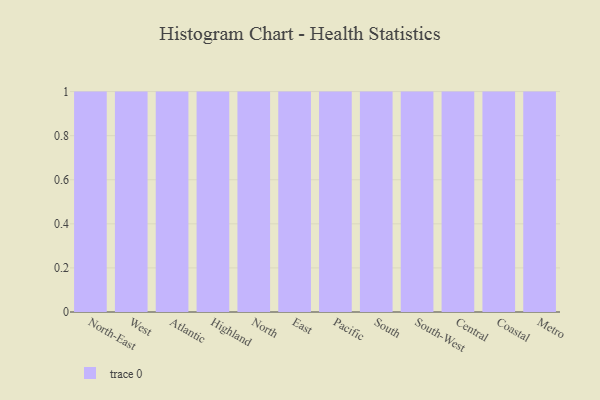
{"axis": {"x": "Region", "y": "LTV (USD)"}, "legend": [""], "data": [{"x": "North-East", "y": 74, "type": ""}, {"x": "West", "y": 2, "type": ""}, {"x": "Atlantic", "y": 88, "type": ""}, {"x": "Highland", "y": 44, "type": ""}, {"x": "North", "y": 64, "type": ""}, {"x": "East", "y": 76, "type": ""}, {"x": "Pacific", "y": 37, "type": ""}, {"x": "South", "y": 59, "type": ""}, {"x": "South-West", "y": 58, "type": ""}, {"x": "Central", "y": 5, "type": ""}, {"x": "Coastal", "y": 82, "type": ""}, {"x": "Metro", "y": 30, "type": ""}]}